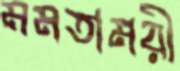
মমতাময়ী